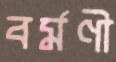
বর্মণী